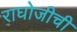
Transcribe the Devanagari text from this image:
राघोजीची